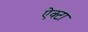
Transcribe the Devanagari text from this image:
ऐक्टा